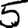
Digit: 5